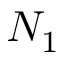
N _ { 1 }